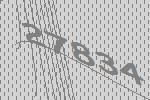
27834